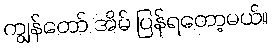
ကျွန်တော် အိမ် ပြန်ရတော့မယ်။